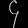
Digit: ၄